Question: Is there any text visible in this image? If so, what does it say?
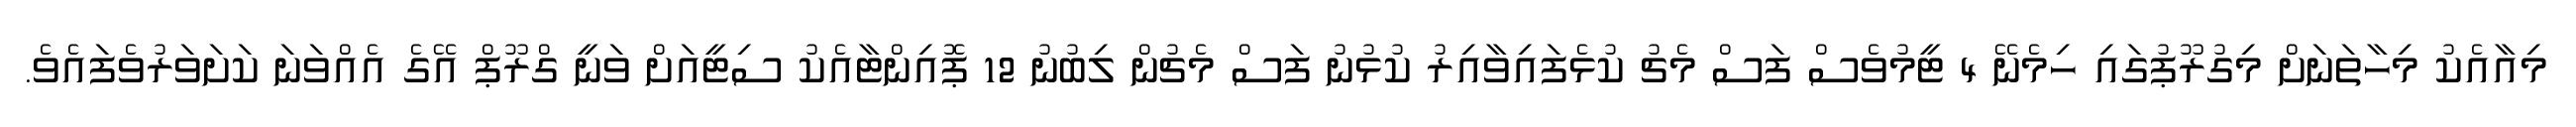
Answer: މިއާއެކު މިހާތަނަށް މިގުރޫޕުގައި ހިމެނޭ 4 ޓީމުވެސް ފަސް މެޗު ކުޅެފައިވާއިރު ކުޅުނު ފަސް މެޗުން ލިބުނު 12 ޕޮއިންޓާއެކު ސިޓީއަށް ވަނީ ގްރޫޕް އޭގެ އެއްވަނަ ކަށަވަރުވެފައެވެ.